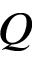
Q